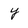
Character: y